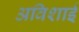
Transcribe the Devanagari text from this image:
अविशाई